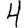
Digit: 4